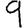
Digit: 9